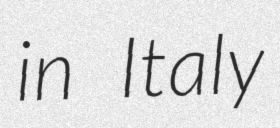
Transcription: in Italy